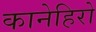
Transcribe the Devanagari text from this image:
कानेहिरो